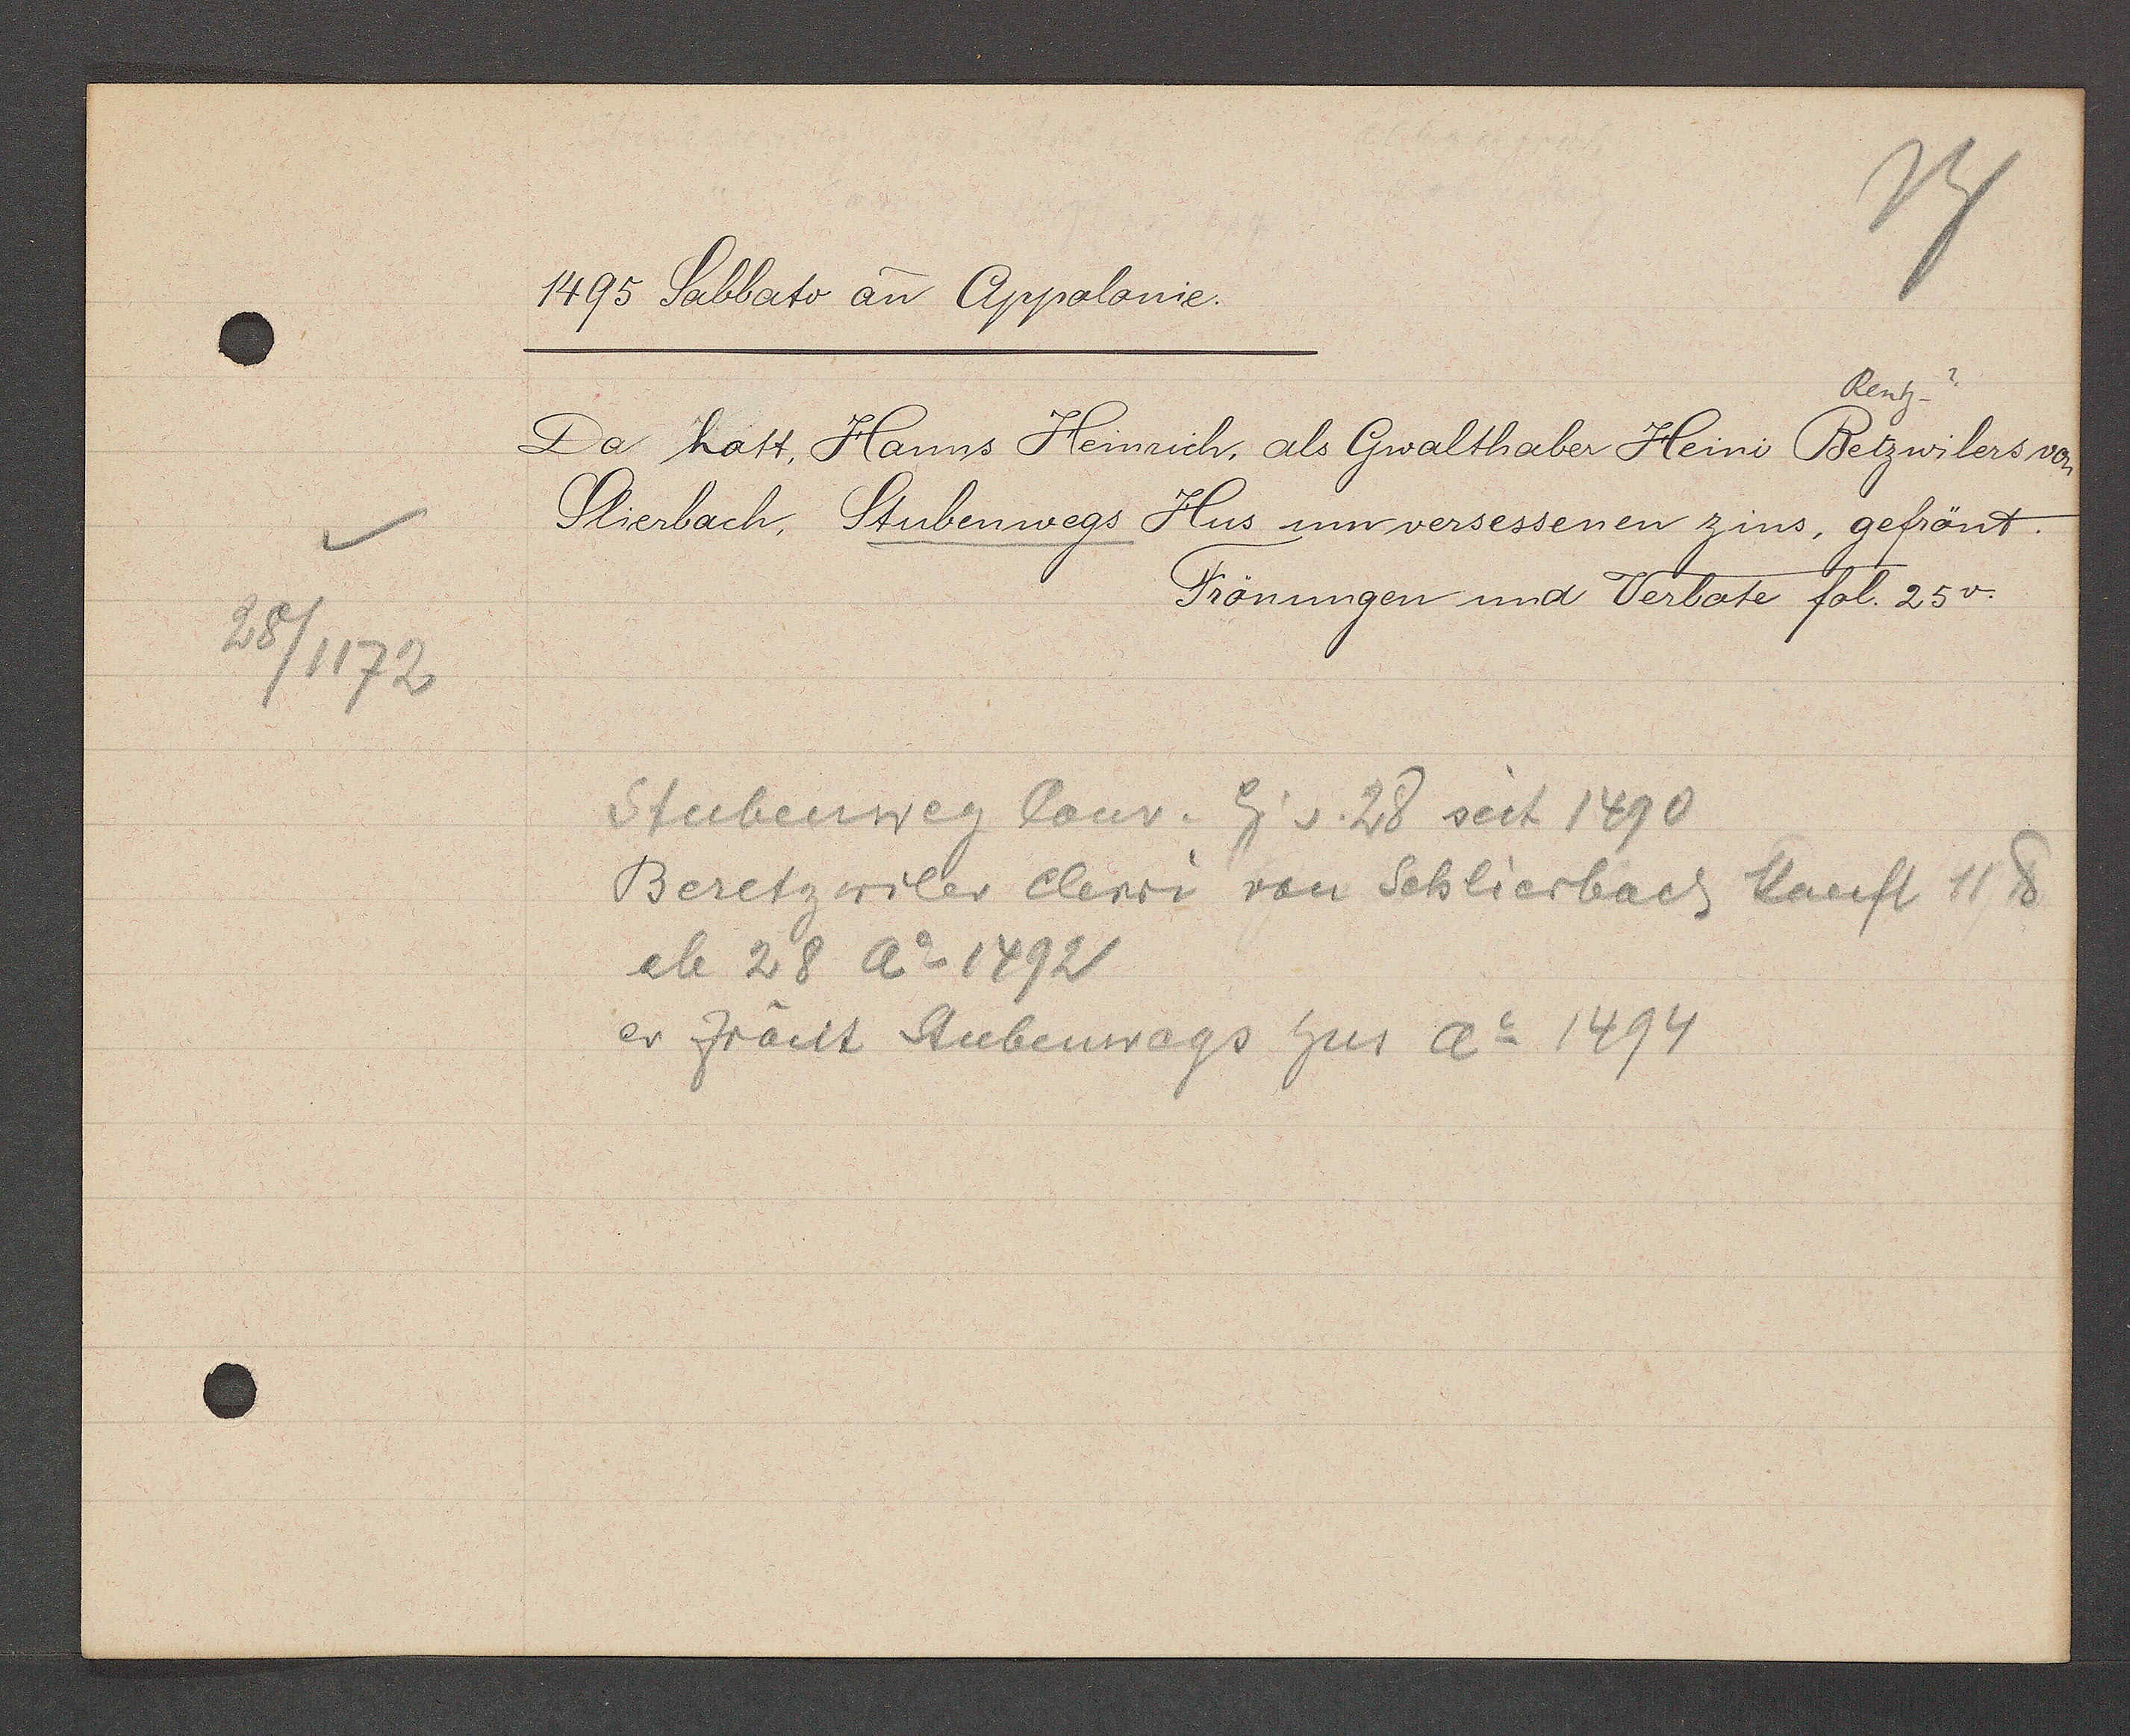
Transcript:
28/1172

1495 Sabbato an Appolonie.

Renh.
Da hatt, Hanns Heinrich, als Gwalthaber Heini Betzwilers von
Slierbach, Stubenwegs Hus unn versessenen zins, gefrönt.
Frönungen und Verbote fol. 25v.

Stubenweg Conr. Eig v. 28 seit 1490
Beretzwiler Clewi von Schlierbach kauft 11℔
ale 28 Ao 1492
er frächt Aubenwags hus Ao 1494